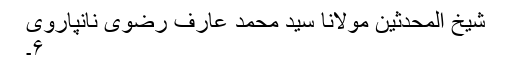
شیخ المحدثین مولانا سید محمد عارف رضوی نانپاروی
۶۔